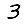
Digit: 3